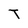
Character: T